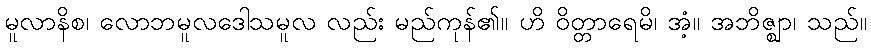
မူလာနိစ၊ လောဘမူလဒေါသမူလ လည်း မည်ကုန်၏။ ဟိ ဝိတ္တာရေမိ၊ အံ့။ အဘိဇ္ဈာ၊ သည်။